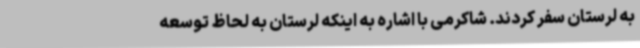
به لرستان سفر کردند. شاکرمی با اشاره به اینکه لرستان به لحاظ توسعه